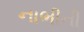
નાભીની